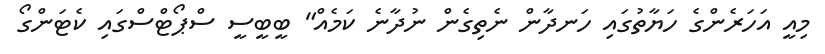
މިއީ އަހަރެންގެ ހަޔާތުގައި ހަނދާން ނެތިގެން ނުދާނެ ކަމެއް" ބީބީސީ ސްޕޯޓްސްގައި ކެޓަންގޯ